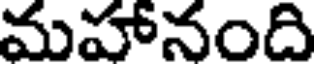
మహానంది